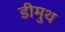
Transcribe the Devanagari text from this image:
डीमुथ